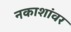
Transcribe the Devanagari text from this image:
नकाशांवर